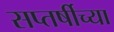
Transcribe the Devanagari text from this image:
सप्तर्षीच्या